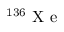
^ { 1 3 6 } \mathrm { ~ X ~ e ~ }